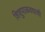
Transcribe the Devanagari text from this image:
शिशुपाळवधाची